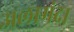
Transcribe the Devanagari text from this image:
अलामंदा